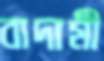
বাদামী